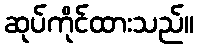
ဆုပ်ကိုင်ထားသည်။